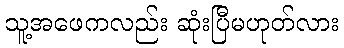
သူ့အဖေကလည်း ဆုံးပြီမဟုတ်လား